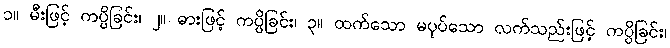
၁။ မီးဖြင့် ကပ္ပိခြင်း၊ ၂။ ဓားဖြင့် ကပ္ပိခြင်း၊ ၃။ ထက်သော မပုပ်သော လက်သည်းဖြင့် ကပ္ပိခြင်း၊